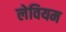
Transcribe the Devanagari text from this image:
लेवियम